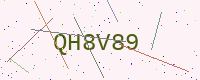
Text: QH8V89